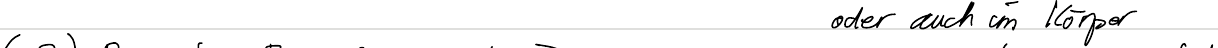
oder auch im Körper